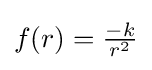
{\textstyle f(r)={\frac {-k}{r^{2}}}}